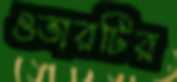
ওভারটির